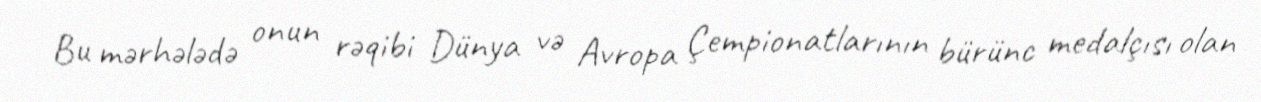
Bu mərhələdə onun rəqibi Dünya və Avropa Çempionatlarının bürünc medalçısı olan